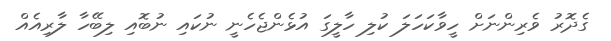
ގެދޮރު ވެރިންނަށް ހީވާކަހަލަ ކުލި ހާލީގަ އުޅެންޖެހެނީ ނުކައި ނުބޮއި ލިބޭހާ ލާރިއެއް